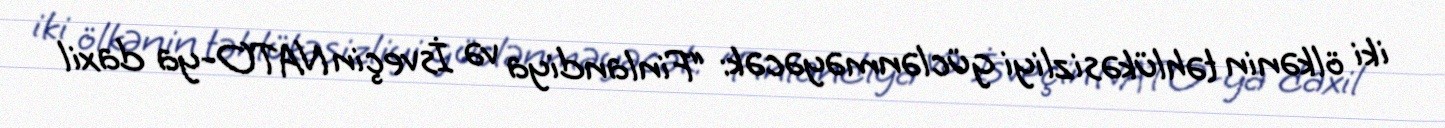
iki ölkənin təhlükəsizliyi güclənməyəcək: “Finlandiya və İsveçin NATO-ya daxil